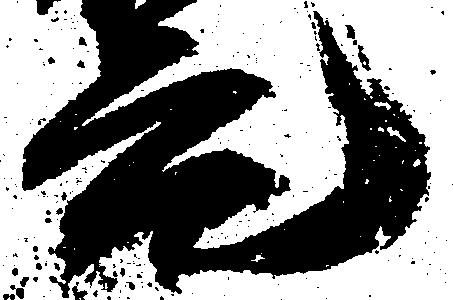
元